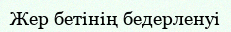
Жер бетінің бедерленуі